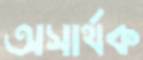
অসার্থক